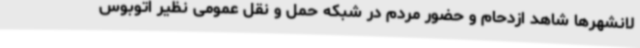
لانشهرها شاهد ازدحام و حضور مردم در شبکه حمل و نقل عمومی نظیر اتوبوس